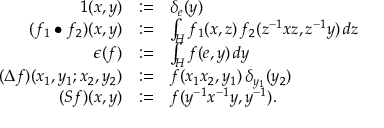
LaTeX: \begin{array} { r c l } { { 1 ( x , y ) } } & { { : = } } & { { \delta _ { e } ( y ) } } \\ { { ( f _ { 1 } \bullet f _ { 2 } ) ( x , y ) } } & { { : = } } & { { \int _ { H } f _ { 1 } ( x , z ) \, f _ { 2 } ( z ^ { - 1 } x z , z ^ { - 1 } y ) \, d z } } \\ { { \epsilon ( f ) } } & { { : = } } & { { \int _ { H } f ( e , y ) \, d y } } \\ { { ( \Delta f ) ( x _ { 1 } , y _ { 1 } ; x _ { 2 } , y _ { 2 } ) } } & { { : = } } & { { f ( x _ { 1 } x _ { 2 } , y _ { 1 } ) \, \delta _ { y _ { 1 } } ( y _ { 2 } ) } } \\ { { ( S f ) ( x , y ) } } & { { : = } } & { { f ( y ^ { - 1 } x ^ { - 1 } y , y ^ { - 1 } ) . } } \end{array}